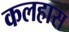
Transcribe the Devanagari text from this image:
कलहास